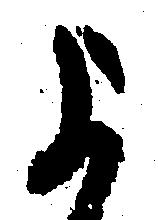
よ